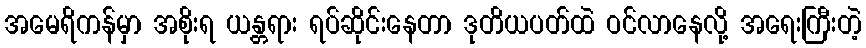
အမေရိကန်မှာ အစိုးရ ယန္တရား ရပ်ဆိုင်းနေတာ ဒုတိယပတ်ထဲ ဝင်လာနေလို့ အရေးကြီးတဲ့